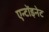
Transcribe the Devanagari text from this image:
एन्टोंइनेट